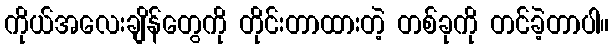
ကိုယ်အလေးချိန်တွေကို တိုင်းတာထားတဲ့ တစ်ခုကို တင်ခဲ့တာပါ။